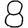
Digit: 8